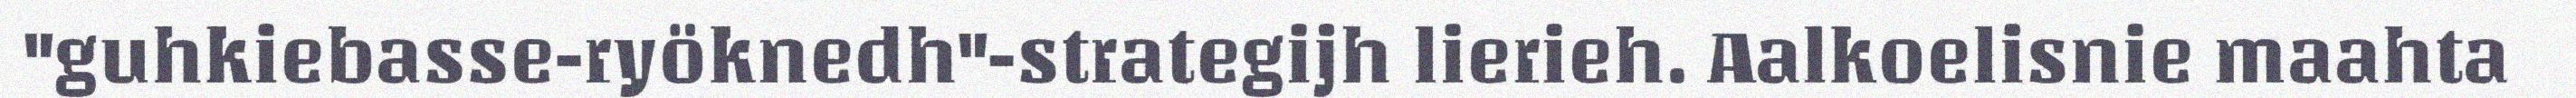
"guhkiebasse-ryöknedh"-strategijh lierieh. Aalkoelisnie maahta